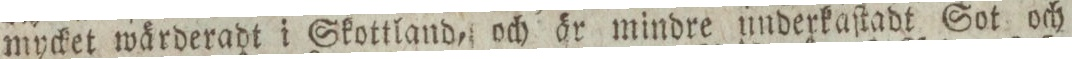
mycket wärderadt i Skottland, och är mindre underkaſtadt Sot och